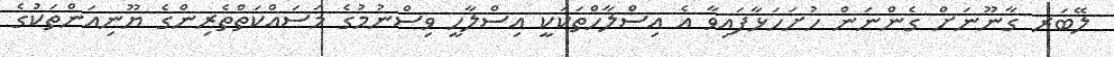
ލޭބަރ ގާނޫނަށް ގެންނަން ހުށަހަޅާފައިވާ އެ އިސްލާހްތަކަކީ އިސްލާހީ ވިސްނުމުގެ މަސައްކަތްތެރިންގެ ޔޫނިއަންތަކުގެ